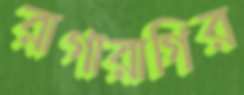
রাগারাগির